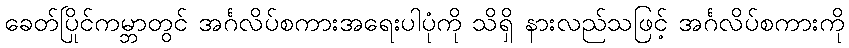
ခေတ်ပြိုင်ကမ္ဘာတွင် အင်္ဂလိပ်စကားအရေးပါပုံကို သိရှိ နားလည်သဖြင့် အင်္ဂလိပ်စကားကို